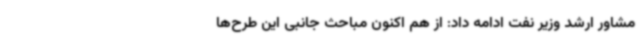
مشاور ارشد وزیر نفت ادامه داد: از هم اکنون مباحث جانبی این طرح‌ها